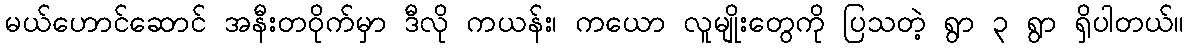
မယ်ဟောင်ဆောင် အနီးတဝိုက်မှာ ဒီလို ကယန်း၊ ကယော လူမျိုးတွေကို ပြသတဲ့ ရွာ ၃ ရွာ ရှိပါတယ်။